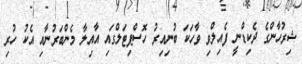
ޝިރުހާންގެ ދެކިޑްނީ ފެއިލްވި ވާހަކަ ބުނިއިރު ހޮސްޕިޓަލްގައި އާއިލާ މެންބަރުނާއި އެކު ހުރި